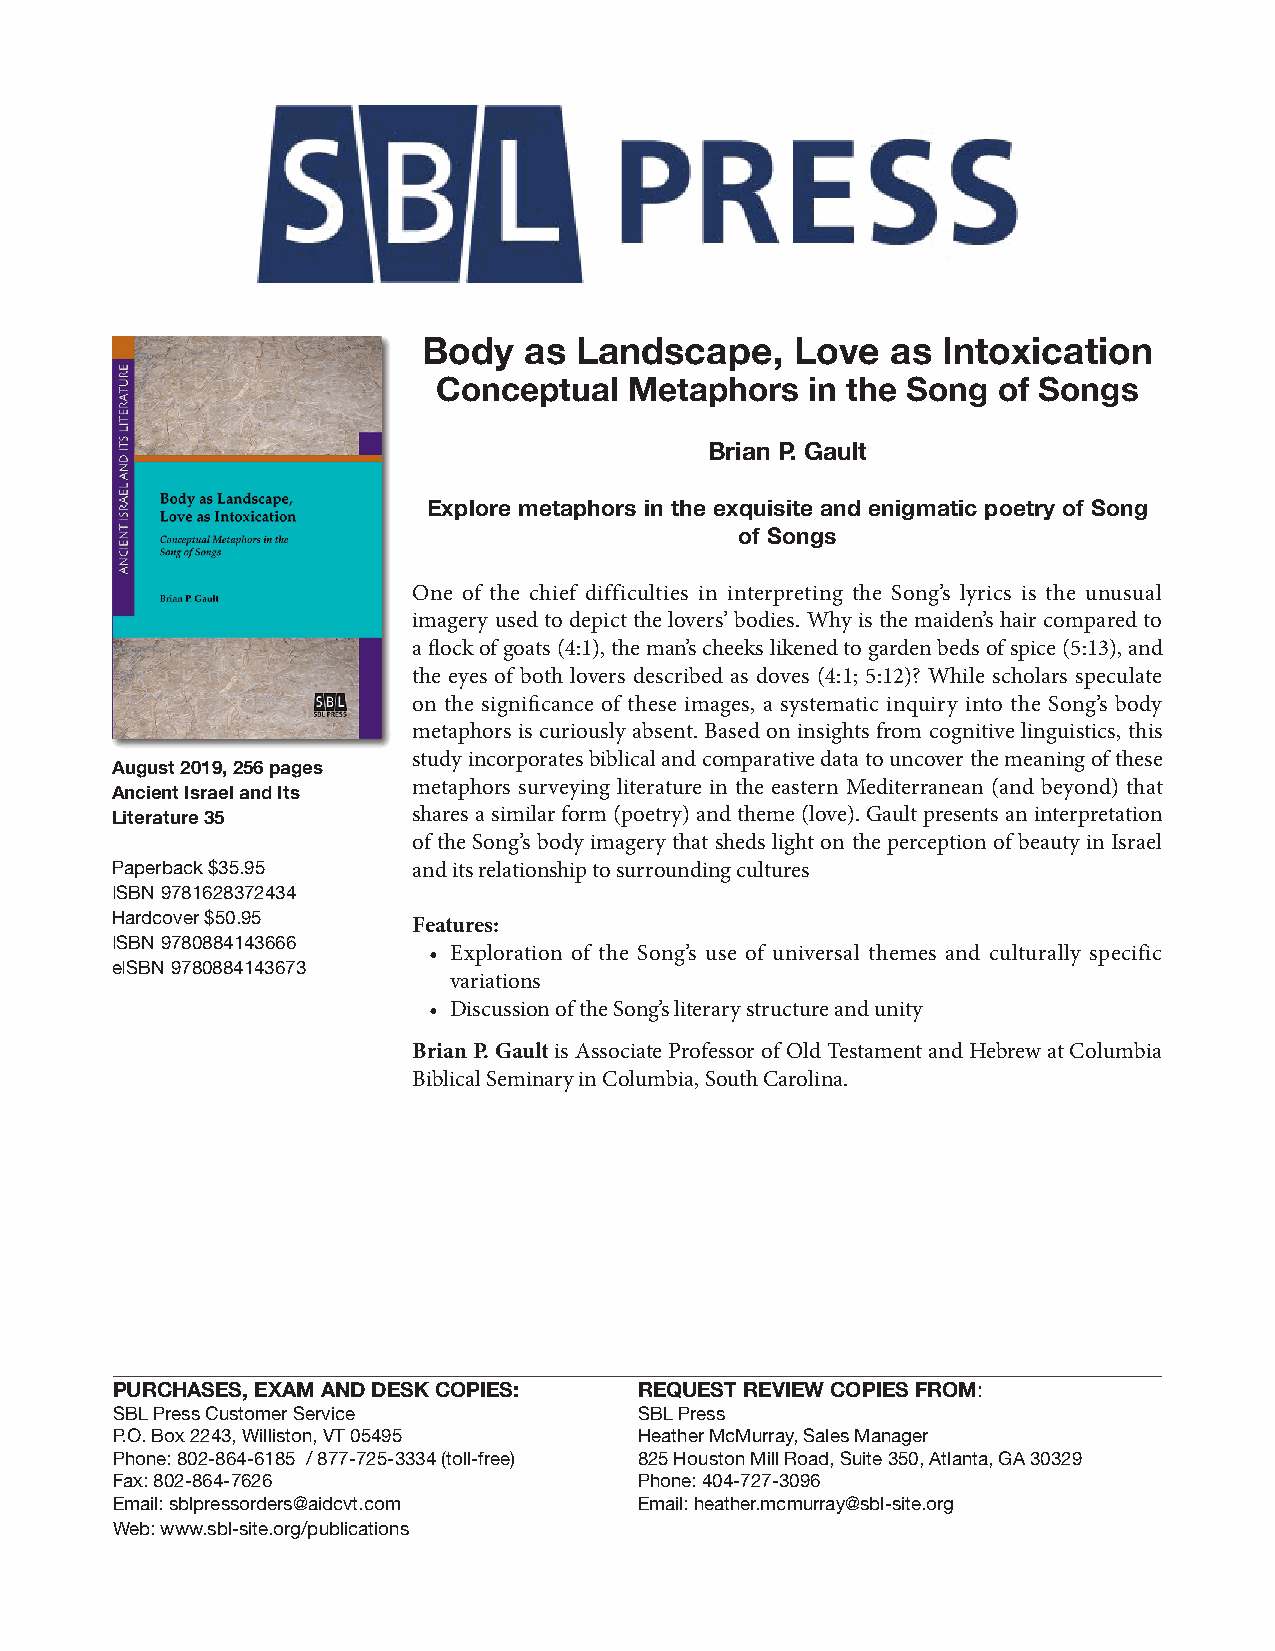
Body   as Landscape,     Love  as Intoxication
 Conceptual   Metaphors   in the Song of Songs
 Brian P. Gault
 Explore metaphors in the exquisite and enigmatic poetry of Song
 of Songs
 One of the chief difficulties in interpreting the Song’s lyrics is the unusual
 imagery used to depict the lovers’ bodies. Why is the maiden’s hair compared to
 a flock of goats (4:1), the man’s cheeks likened to garden beds of spice (5:13), and
 the eyes of both lovers described as doves (4:1; 5:12)? While scholars speculate
 on the significance of these images, a systematic inquiry into the Song’s body
 metaphors is curiously absent. Based on insights from cognitive linguistics, this
 study incorporates biblical and comparative data to uncover the meaning of these
 August 2019, 256 pages
 metaphors surveying literature in the eastern Mediterranean (and beyond) that
 Ancient Israel and Its
 shares a similar form (poetry) and theme (love). Gault presents an interpretation
 Literature 35
 of the Song’s body imagery that sheds light on the perception of beauty in Israel
 Paperback $35.95    and its relationship to surrounding cultures
 ISBN 9781628372434
 Hardcover $50.95    Features:
 ISBN 9780884143666   • Exploration of the Song’s use of universal themes and culturally specific
 eISBN 9780884143673
 variations
 • Discussion of the Song’s literary structure and unity
 Brian P. Gault is Associate Professor of Old Testament and Hebrew at Columbia
 Biblical Seminary in Columbia, South Carolina.
 PURCHASES, EXAM AND DESK COPIES:   REQUEST REVIEW COPIES FROM:
 SBL Press Customer Service         SBL Press
 P.O. Box 2243, Williston, VT 05495 Heather McMurray, Sales Manager
 Phone: 802-864-6185 / 877-725-3334 (toll-free) 825 Houston Mill Road, Suite 350, Atlanta, GA 30329
 Fax: 802-864-7626                  Phone: 404-727-3096
 Email: sblpressorders@aidcvt.com   Email: heather.mcmurray@sbl-site.org
 Web: www.sbl-site.org/publications